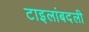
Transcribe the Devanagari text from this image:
टाइलांबदली